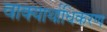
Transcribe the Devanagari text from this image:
वाक्यार्थाधिकरण